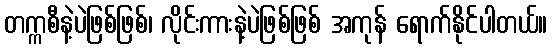
တက္ကစီနဲ့ပဲဖြစ်ဖြစ်၊ လိုင်းကားနဲ့ပဲဖြစ်ဖြစ် အကုန် ရောက်နိုင်ပါတယ်။